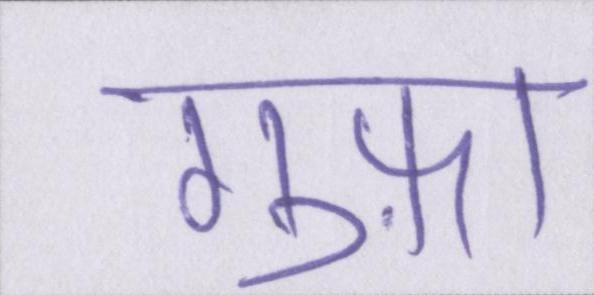
गुफ़ा